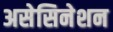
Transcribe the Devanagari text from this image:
असेसिनेशन